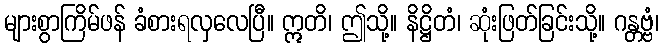
များစွာကြိမ်ဖန် ခံစားရလှလေပြီ။ ဣတိ၊ ဤသို့။ နိဋ္ဌိတံ၊ ဆုံးဖြတ်ခြင်းသို့။ ဂန္တဗ္ဗံ၊